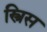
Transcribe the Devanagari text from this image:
स्त्रिस